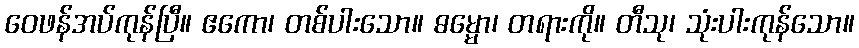
ဝေဖန်အပ်ကုန်ပြီ။ ဧကော၊ တစ်ပါးသော။ ဓမ္မော၊ တရားကို။ တီသု၊ သုံးပါးကုန်သော။